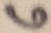
Text: 6